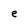
Character: e